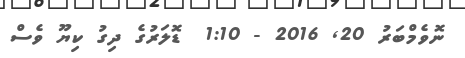
ނޮވެމްބަރު 20